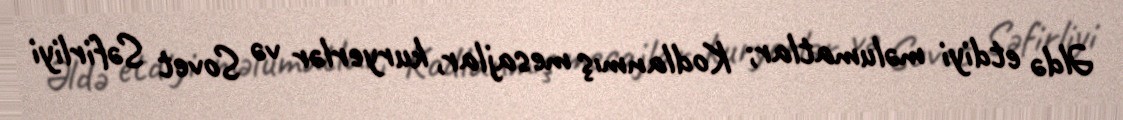
Əldə etdiyi məlumatlar; Kodlanmış mesajlar, kuryerlər və Sovet Səfirliyi